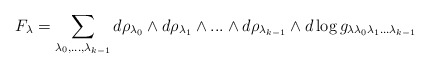
\begin{align*}F_\lambda =\sum _{\lambda _0 ,...,\lambda _{k-1}}d\rho _{\lambda _0}\wedge d\rho _{\lambda _1}\wedge ...\wedge d\rho _{\lambda _{k-1}}\wedge d\log g_{\lambda \lambda _0\lambda _1 ...\lambda _{k-1}}\end{align*}